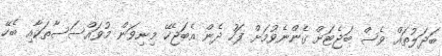
ބަދަލުތައް ވެސް ބަޖެޓަށް ގެންނެވުމަށް ފަހު ދެން އެބަޖެހޭ މިނިވަން މުވައްސަސާތަކާއި ބެހޭ